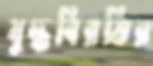
যুদ্ধবিরতির